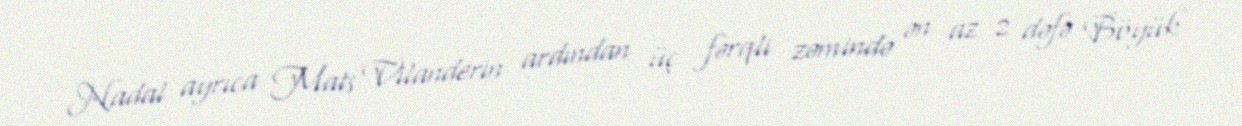
Nadal ayrıca Mats Vilanderin ardından üç fərqli zəmində ən az 2 dəfə Böyük